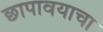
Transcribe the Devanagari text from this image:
छापावयाचा